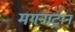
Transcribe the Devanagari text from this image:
मगनाट्रान